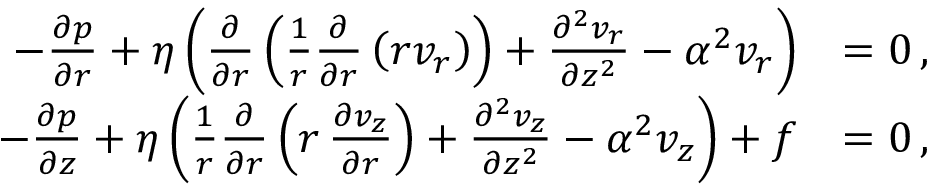
\begin{array} { r l } { - \frac { \partial p } { \partial r } + \eta \left( \frac { \partial } { \partial r } \left( \frac { 1 } { r } \frac { \partial } { \partial r } \left( r v _ { r } \right) \right) + \frac { \partial ^ { 2 } v _ { r } } { \partial z ^ { 2 } } - \alpha ^ { 2 } v _ { r } \right) } & { = 0 \, , } \\ { - \frac { \partial p } { \partial z } + \eta \left( \frac { 1 } { r } \frac { \partial } { \partial r } \left( r \, \frac { \partial v _ { z } } { \partial r } \right) + \frac { \partial ^ { 2 } v _ { z } } { \partial z ^ { 2 } } - \alpha ^ { 2 } v _ { z } \right) + f } & { = 0 \, , } \end{array}